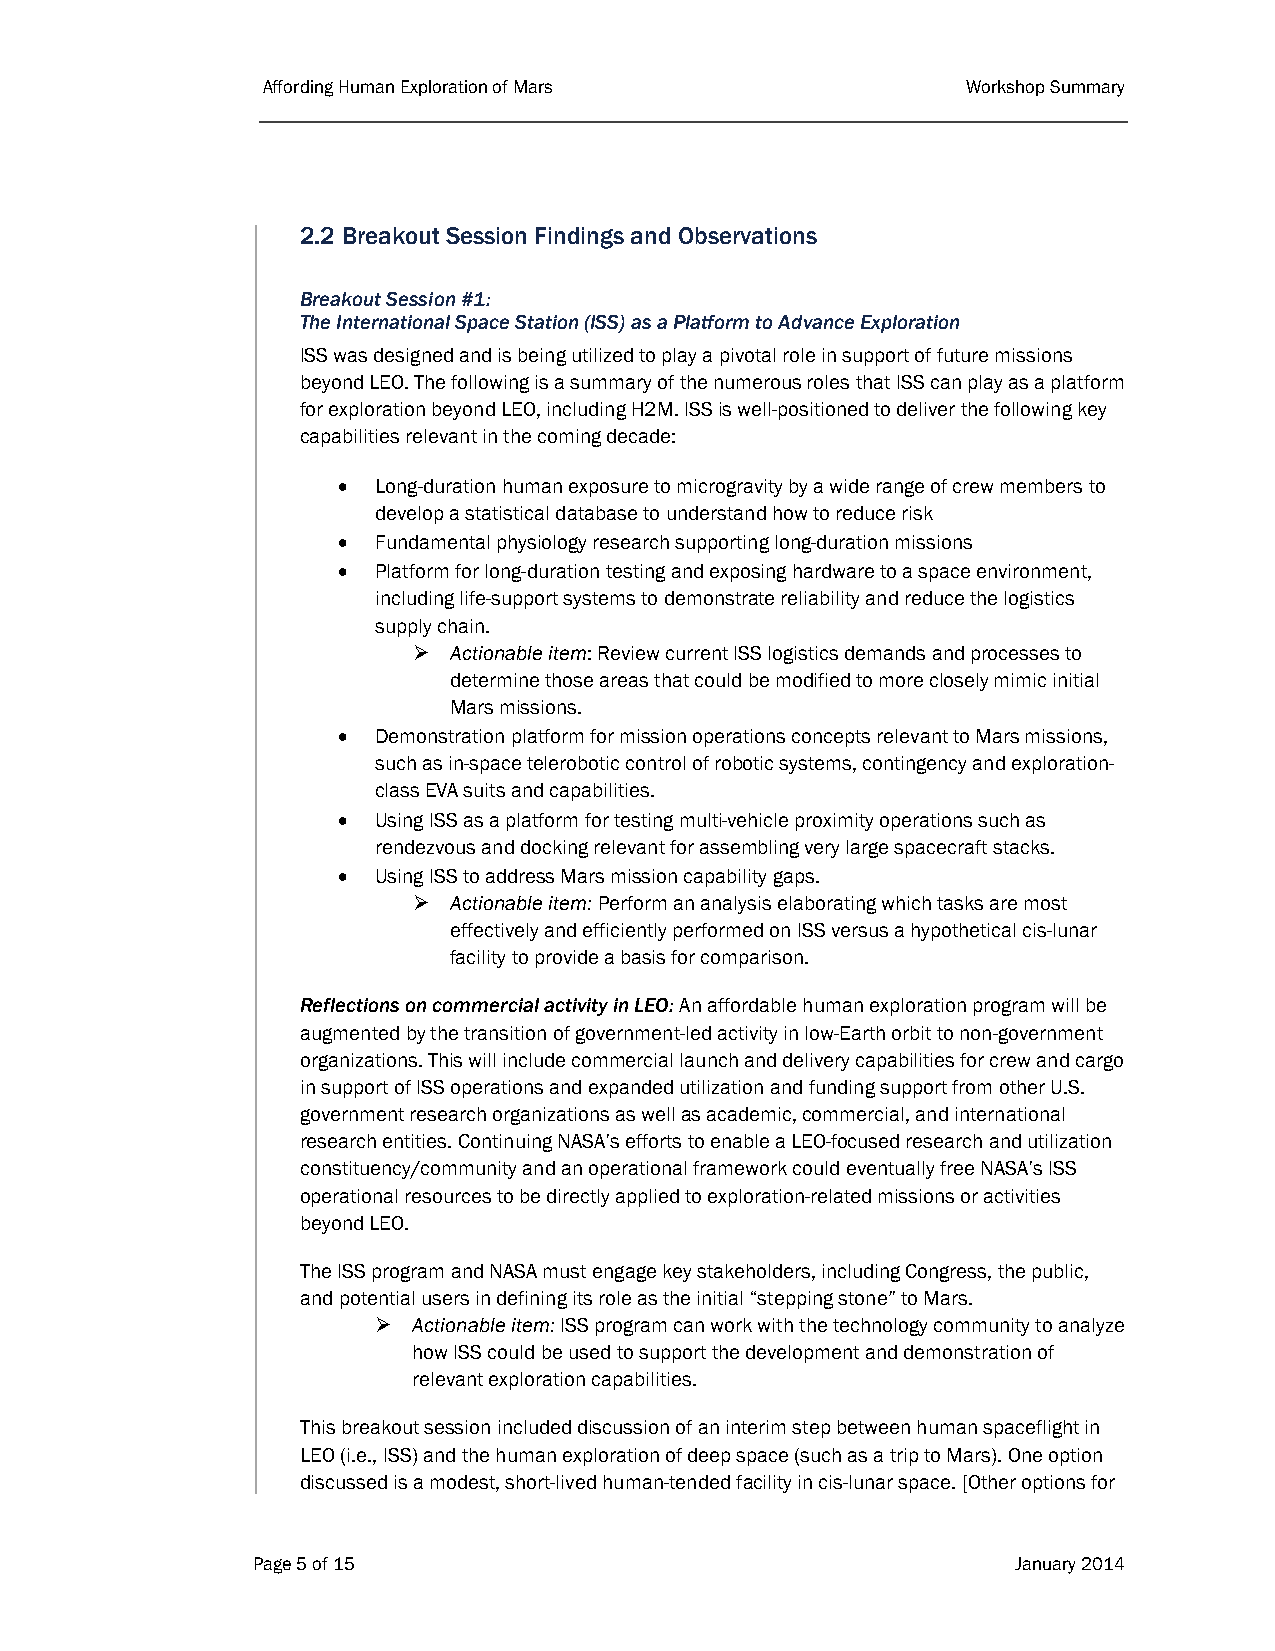
Affording Human Exploration of Mars            Workshop Summary
 2.2 Breakout Session Findings and Observations
 Breakout Session #1:
 The International Space Station (ISS) as a Platform to Advance Exploration
 ISS was designed and is being utilized to play a pivotal role in support of future missions
 beyond LEO. The following is a summary of the numerous roles that ISS can play as a platform
 for exploration beyond LEO, including H2M. ISS is well-positioned to deliver the following key
 capabilities relevant in the coming decade:
   Long-duration human exposure to microgravity by a wide range of crew members to
 develop a statistical database to understand how to reduce risk
   Fundamental physiology research supporting long-duration missions
   Platform for long-duration testing and exposing hardware to a space environment,
 including life-support systems to demonstrate reliability and reduce the logistics
 supply chain.
   Actionable item: Review current ISS logistics demands and processes to
 determine those areas that could be modified to more closely mimic initial
 Mars missions.
   Demonstration platform for mission operations concepts relevant to Mars missions,
 such as in-space telerobotic control of robotic systems, contingency and exploration-
 class EVA suits and capabilities.
   Using ISS as a platform for testing multi-vehicle proximity operations such as
 rendezvous and docking relevant for assembling very large spacecraft stacks.
   Using ISS to address Mars mission capability gaps.
   Actionable item: Perform an analysis elaborating which tasks are most
 effectively and efficiently performed on ISS versus a hypothetical cis-lunar
 facility to provide a basis for comparison.
 Reflections on commercial activity in LEO: An affordable human exploration program will be
 augmented by the transition of government-led activity in low-Earth orbit to non-government
 organizations. This will include commercial launch and delivery capabilities for crew and cargo
 in support of ISS operations and expanded utilization and funding support from other U.S.
 government research organizations as well as academic, commercial, and international
 research entities. Continuing NASA’s efforts to enable a LEO-focused research and utilization
 constituency/community and an operational framework could eventually free NASA’s ISS
 operational resources to be directly applied to exploration-related missions or activities
 beyond LEO.
 The ISS program and NASA must engage key stakeholders, including Congress, the public,
 and potential users in defining its role as the initial “stepping stone” to Mars.
  Actionable item: ISS program can work with the technology community to analyze
 how ISS could be used to support the development and demonstration of
 relevant exploration capabilities.
 This breakout session included discussion of an interim step between human spaceflight in
 LEO (i.e., ISS) and the human exploration of deep space (such as a trip to Mars). One option
 discussed is a modest, short-lived human-tended facility in cis-lunar space. [Other options for
 Page 5 of 15                                      January 2014